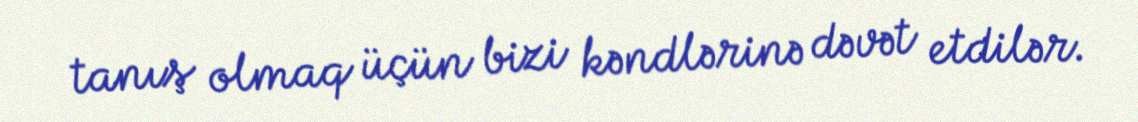
tanış olmaq üçün bizi kəndlərinə dəvət etdilər.